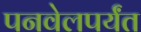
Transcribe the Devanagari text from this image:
पनवेलपर्यंत